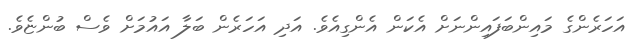
އަހަރެންގެ މައިންބަފައިންނަށް އެކަން އެންގިއެވެ. އަދި އަހަރެން ބަލާ އައުމަށް ވެސް ބުންޏެވެ.